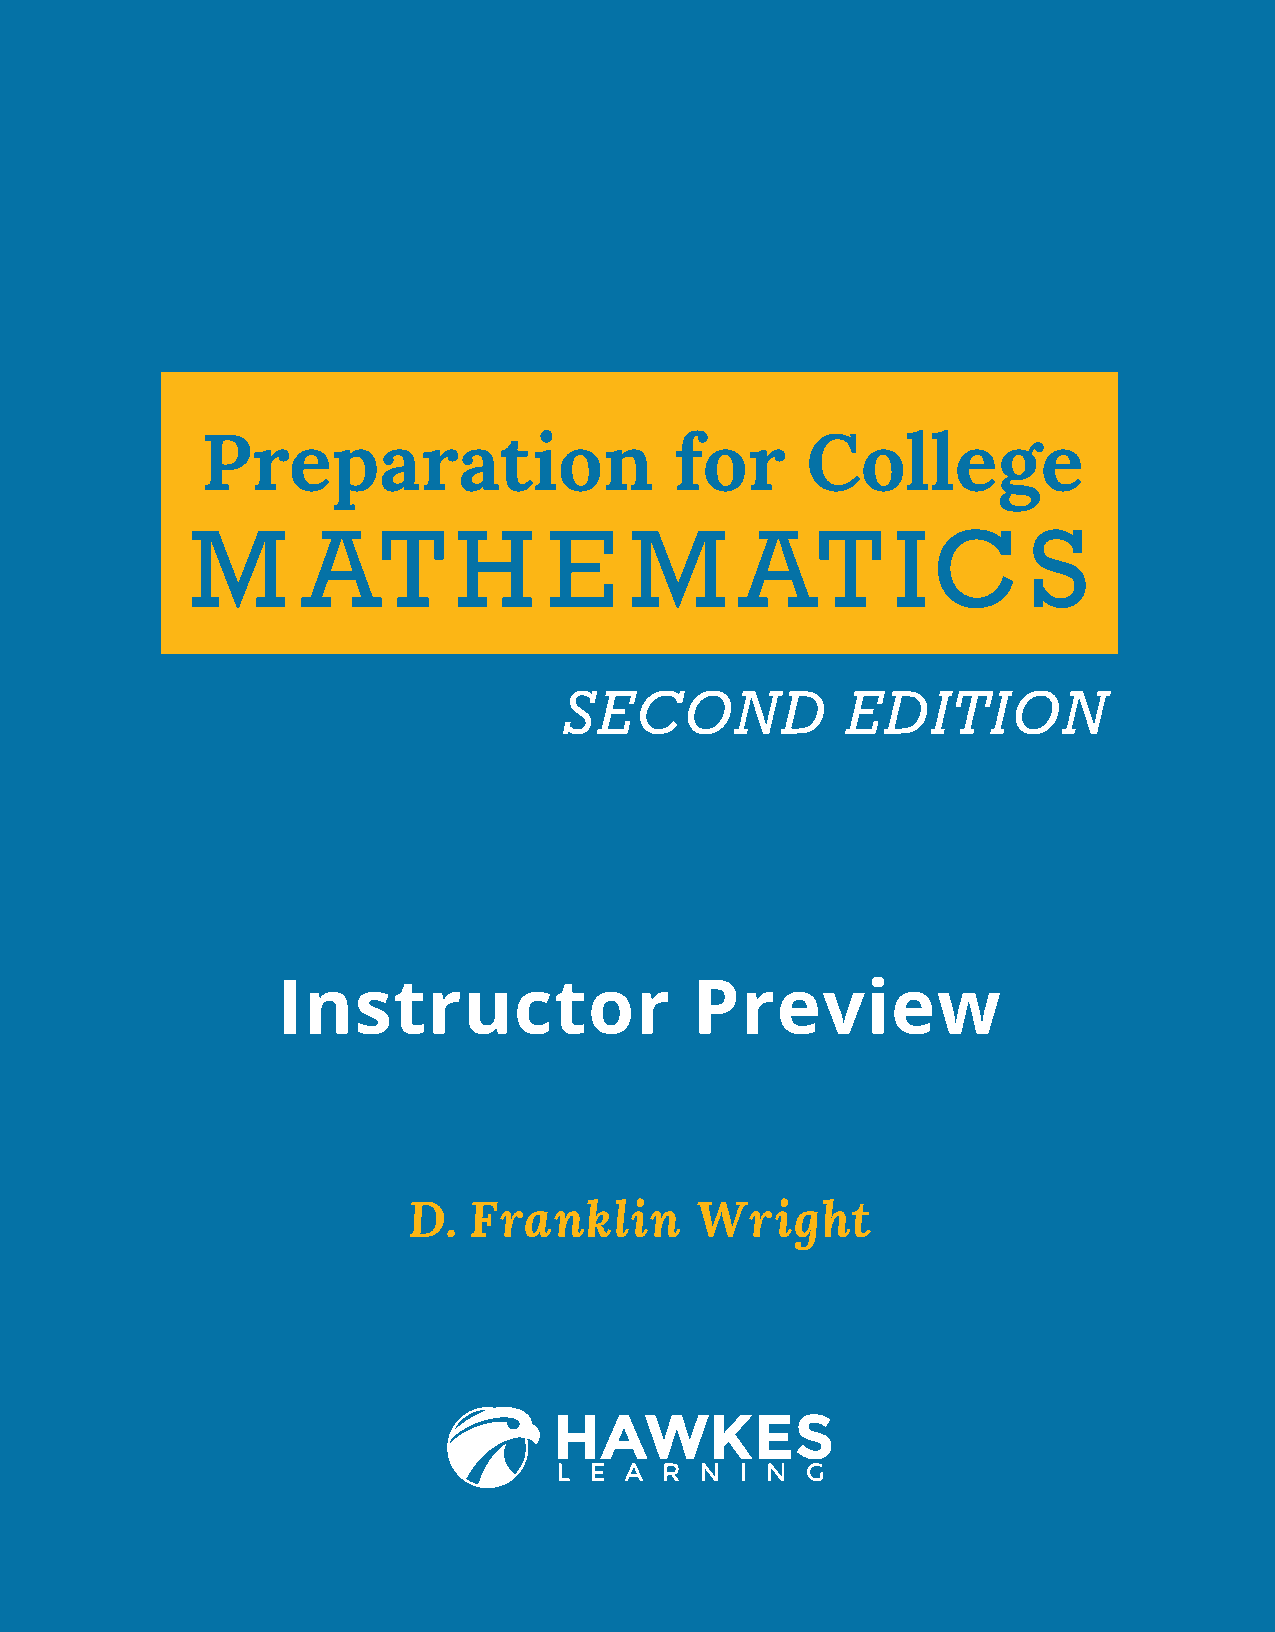
Preparation                    for      College
 M      AT        H     E     M      AT        IC       S
 SECOND             EDITION
 Instructor                 Preview
 D.  Franklin       Wright
 PCM_Marketing_Booklet.indb 1                                             10/11/2017 9:57:45 AM